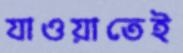
যাওয়াতেই